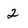
Character: 2